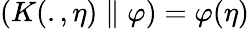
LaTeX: \left(K(.,\eta)\parallel\varphi\right)=\varphi(\eta)